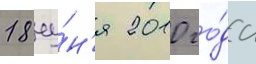
18 иу́н'я 2010 го́да